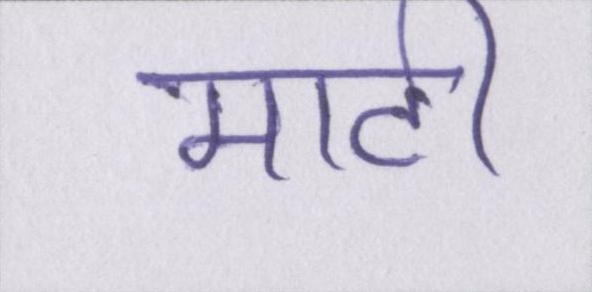
माटी